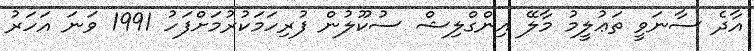
އާދެ ސާނަވީ ތަޢުލީމު މާލޭ އިންގްލިޝް ސުކޫލުން ފުރިހަމަކުރުމަށްފަހު 1991 ވަނަ އަހަރު